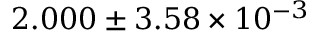
2 . 0 0 0 \pm 3 . 5 8 \times 1 0 ^ { - 3 }